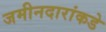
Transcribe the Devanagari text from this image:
जमीनदारांकडे